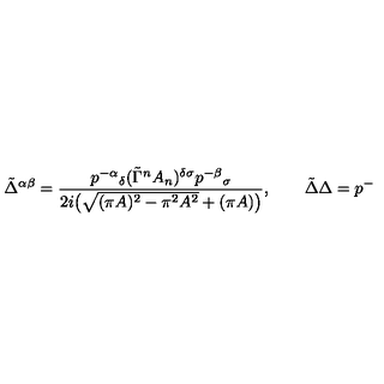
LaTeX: \tilde { \Delta } ^ { \alpha \beta } = \frac { p ^ { - \alpha } { } _ { \delta } ( \tilde { \Gamma } ^ { n } A _ { n } ) ^ { \delta \sigma } p ^ { - \beta } { } _ { \sigma } } { 2 i \big ( \sqrt { ( \pi A ) ^ { 2 } - \pi ^ { 2 } A ^ { 2 } } + ( \pi A ) \big ) } , \qquad \tilde { \Delta } \Delta = p ^ { - }